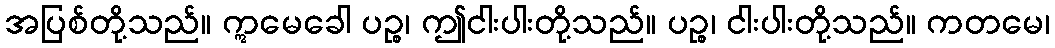
အပြစ်တို့သည်။ ဣမေခေါ ပဉ္စ၊ ဤငါးပါးတို့သည်။ ပဉ္စ၊ ငါးပါးတို့သည်။ ကတမေ၊